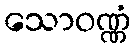
သောဝဏ္ဏံ